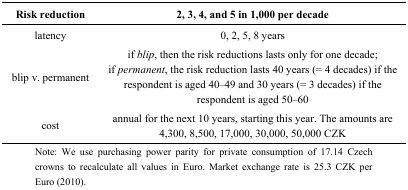
| Risk reduction | 2, 3, 4, and 5 in 1,000 per decade |
 | --- | --- |
 | latency | 0, 2, 5, 8 years |
 | blip v. permanent | ifblip, then the risk reductions lasts only for one decade; if permanent, the risk reduction lasts 40 years (= 4 decades) if the respondent is aged 40–49 and 30 years (= 3 decades) if the respondent is aged 50–60 |
 | cost | annual for the next 10 years, starting this year. The amounts are 4,300, 8,500, 17,000, 30,000, 50,000 CZK |